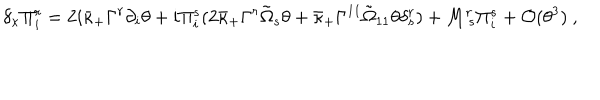
\delta _ { \kappa } \Pi _ { i } ^ { r } = 2 i \bar { \kappa } _ { + } \Gamma ^ { r } \partial _ { i } \theta + i \Pi _ { i } ^ { s } ( 2 \bar { \kappa } _ { + } \Gamma ^ { r } \tilde { \Omega } _ { s } \theta + \bar { \kappa } _ { + } \Gamma ^ { 1 1 } \tilde { \Omega } _ { 1 1 } \theta \delta _ { s } ^ { r } ) + M _ { ~ s } ^ { r } \Pi _ { i } ^ { s } + { \cal O } ( \theta ^ { 3 } ) ~ ,